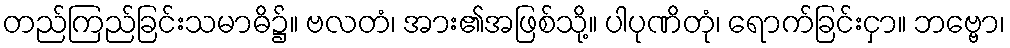
တည်ကြည်ခြင်းသမာဓိ၌။ ဗလတံ၊ အား၏အဖြစ်သို့။ ပါပုဏိတုံ၊ ရောက်ခြင်းငှာ။ ဘဗ္ဗော၊